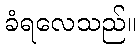
ခံရလေသည်။